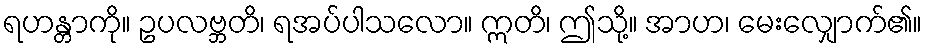
ရဟန္တာကို။ ဥပလဗ္ဘတိ၊ ရအပ်ပါသလော။ ဣတိ၊ ဤသို့။ အာဟ၊ မေးလျှောက်၏။